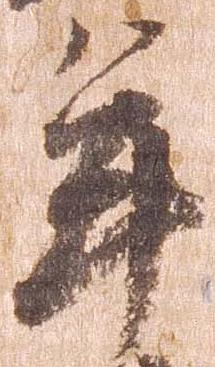
年